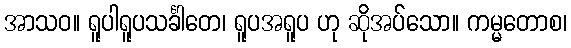
အာသဝ။ ရူပါရူပသင်္ခါတေ၊ ရူပအရူပ ဟု ဆိုအပ်သော။ ကမ္မတောစ၊